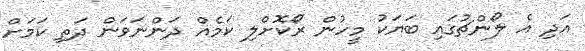
އަދި އެ ލޯންޗުގައި ބަޔަކު މީހުން ރޯކޮށްލި ކަމެއް ދަންނަވަން ދަތި ކަމަށް